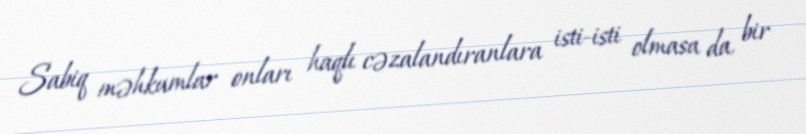
Sabiq məhkumlar onları haqlı cəzalandıranlara isti-isti olmasa da, bir